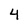
Character: 4